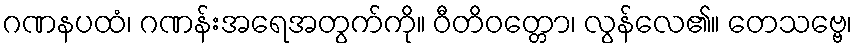
ဂဏနပထံ၊ ဂဏန်းအရေအတွက်ကို။ ဝီတိဝတ္တော၊ လွန်လေ၏။ တေသဗ္ဗေ၊